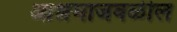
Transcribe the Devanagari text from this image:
आश्रमाजवळील